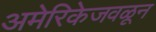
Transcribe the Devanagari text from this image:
अमेरिकेजवळून